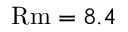
\ensuremath \mathrm { { R m } } = 8 . 4